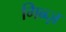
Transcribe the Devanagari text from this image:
गिब्ब्ज़